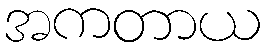
အကတာယ